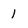
Character: 1